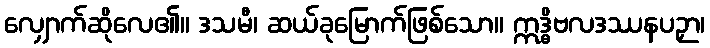
လျှောက်ဆိုလေ၏။ ဒသမီ၊ ဆယ်ခုမြောက်ဖြစ်သော။ ဣဒ္ဓိဗလဒဿနပဉှာ၊